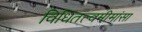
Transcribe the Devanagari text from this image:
विधितत्त्वमीमांसा